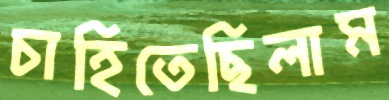
চাহিতেছিলাম